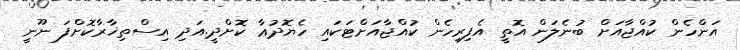
އަންހެން ކުުއްޖާއަށް ބުނެލަން އޮތީ އެފިރިހެން ކުއްޖާއަށްޓަކައި ހެޔޮދުޢާ ކޮށްދީ.އަދި އިސްތިޚާރާކޮށްފަ ނޫނީ